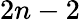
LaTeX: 2n-2